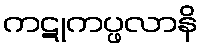
ကဋုကပ္ဖလာနိ